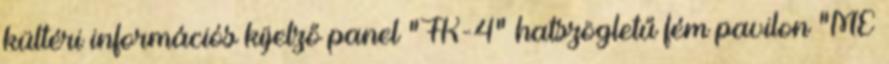
kültéri információs kijelző panel "FK-4" hatszögletű fém pavilon "ME